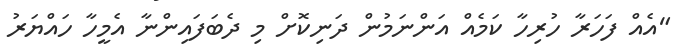
"އެއް ފަހަރާ ހުރިހާ ކަމެއް އަންނަމުން ދަނިކޮށް މި ދެބަފައިންނާ އެމީހާ ހައްޔަރު